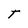
Character: T